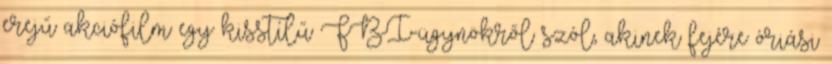
erejű akciófilm egy kisstílű FBI-ügynökről szól, akinek fejére óriási